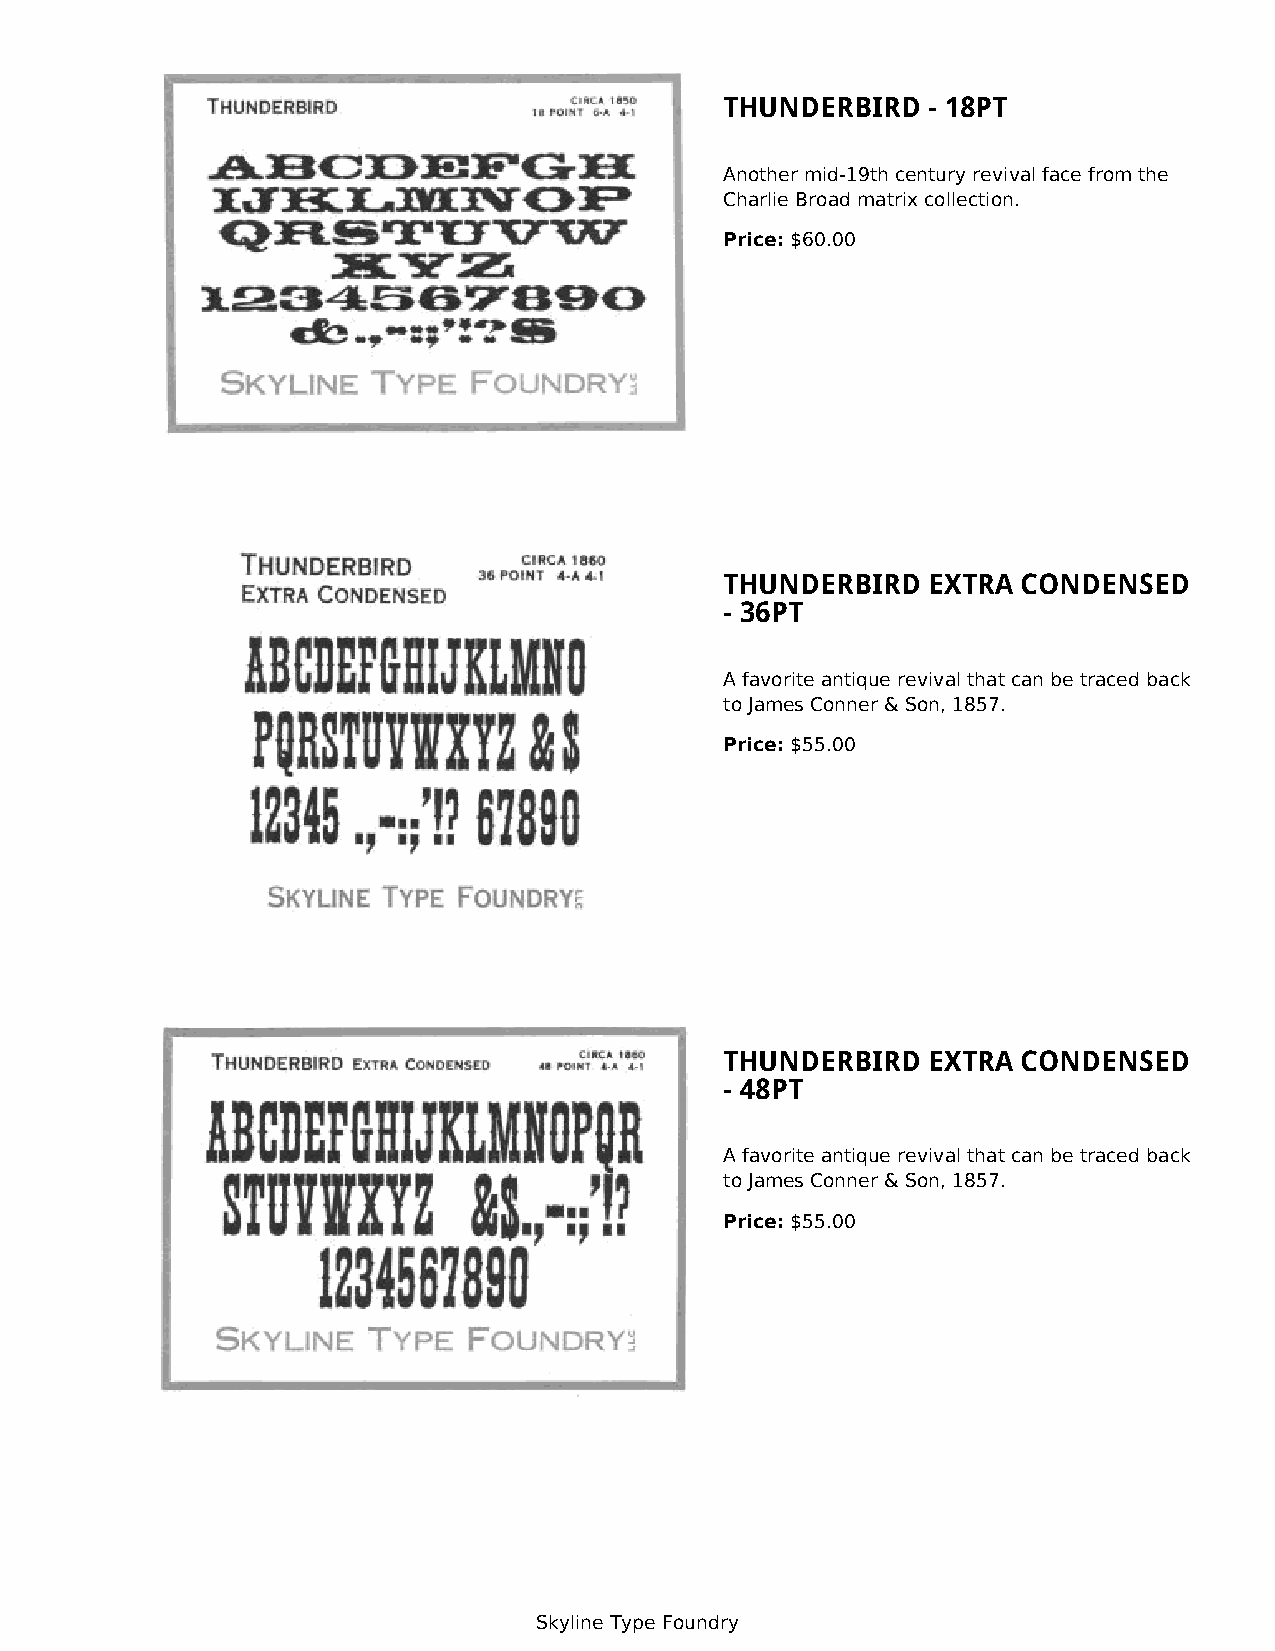
THUNDERBIRD  - 18PT
 Another mid-19th century revival face from the
 Charlie Broad matrix collection.
 Price: $60.00
 THUNDERBIRD  EXTRA  CONDENSED
 - 36PT
 A favorite antique revival that can be traced back
 to James Conner & Son, 1857.
 Price: $55.00
 THUNDERBIRD  EXTRA  CONDENSED
 - 48PT
 A favorite antique revival that can be traced back
 to James Conner & Son, 1857.
 Price: $55.00
 Skyline Type Foundry